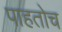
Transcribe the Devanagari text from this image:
पाहतोच